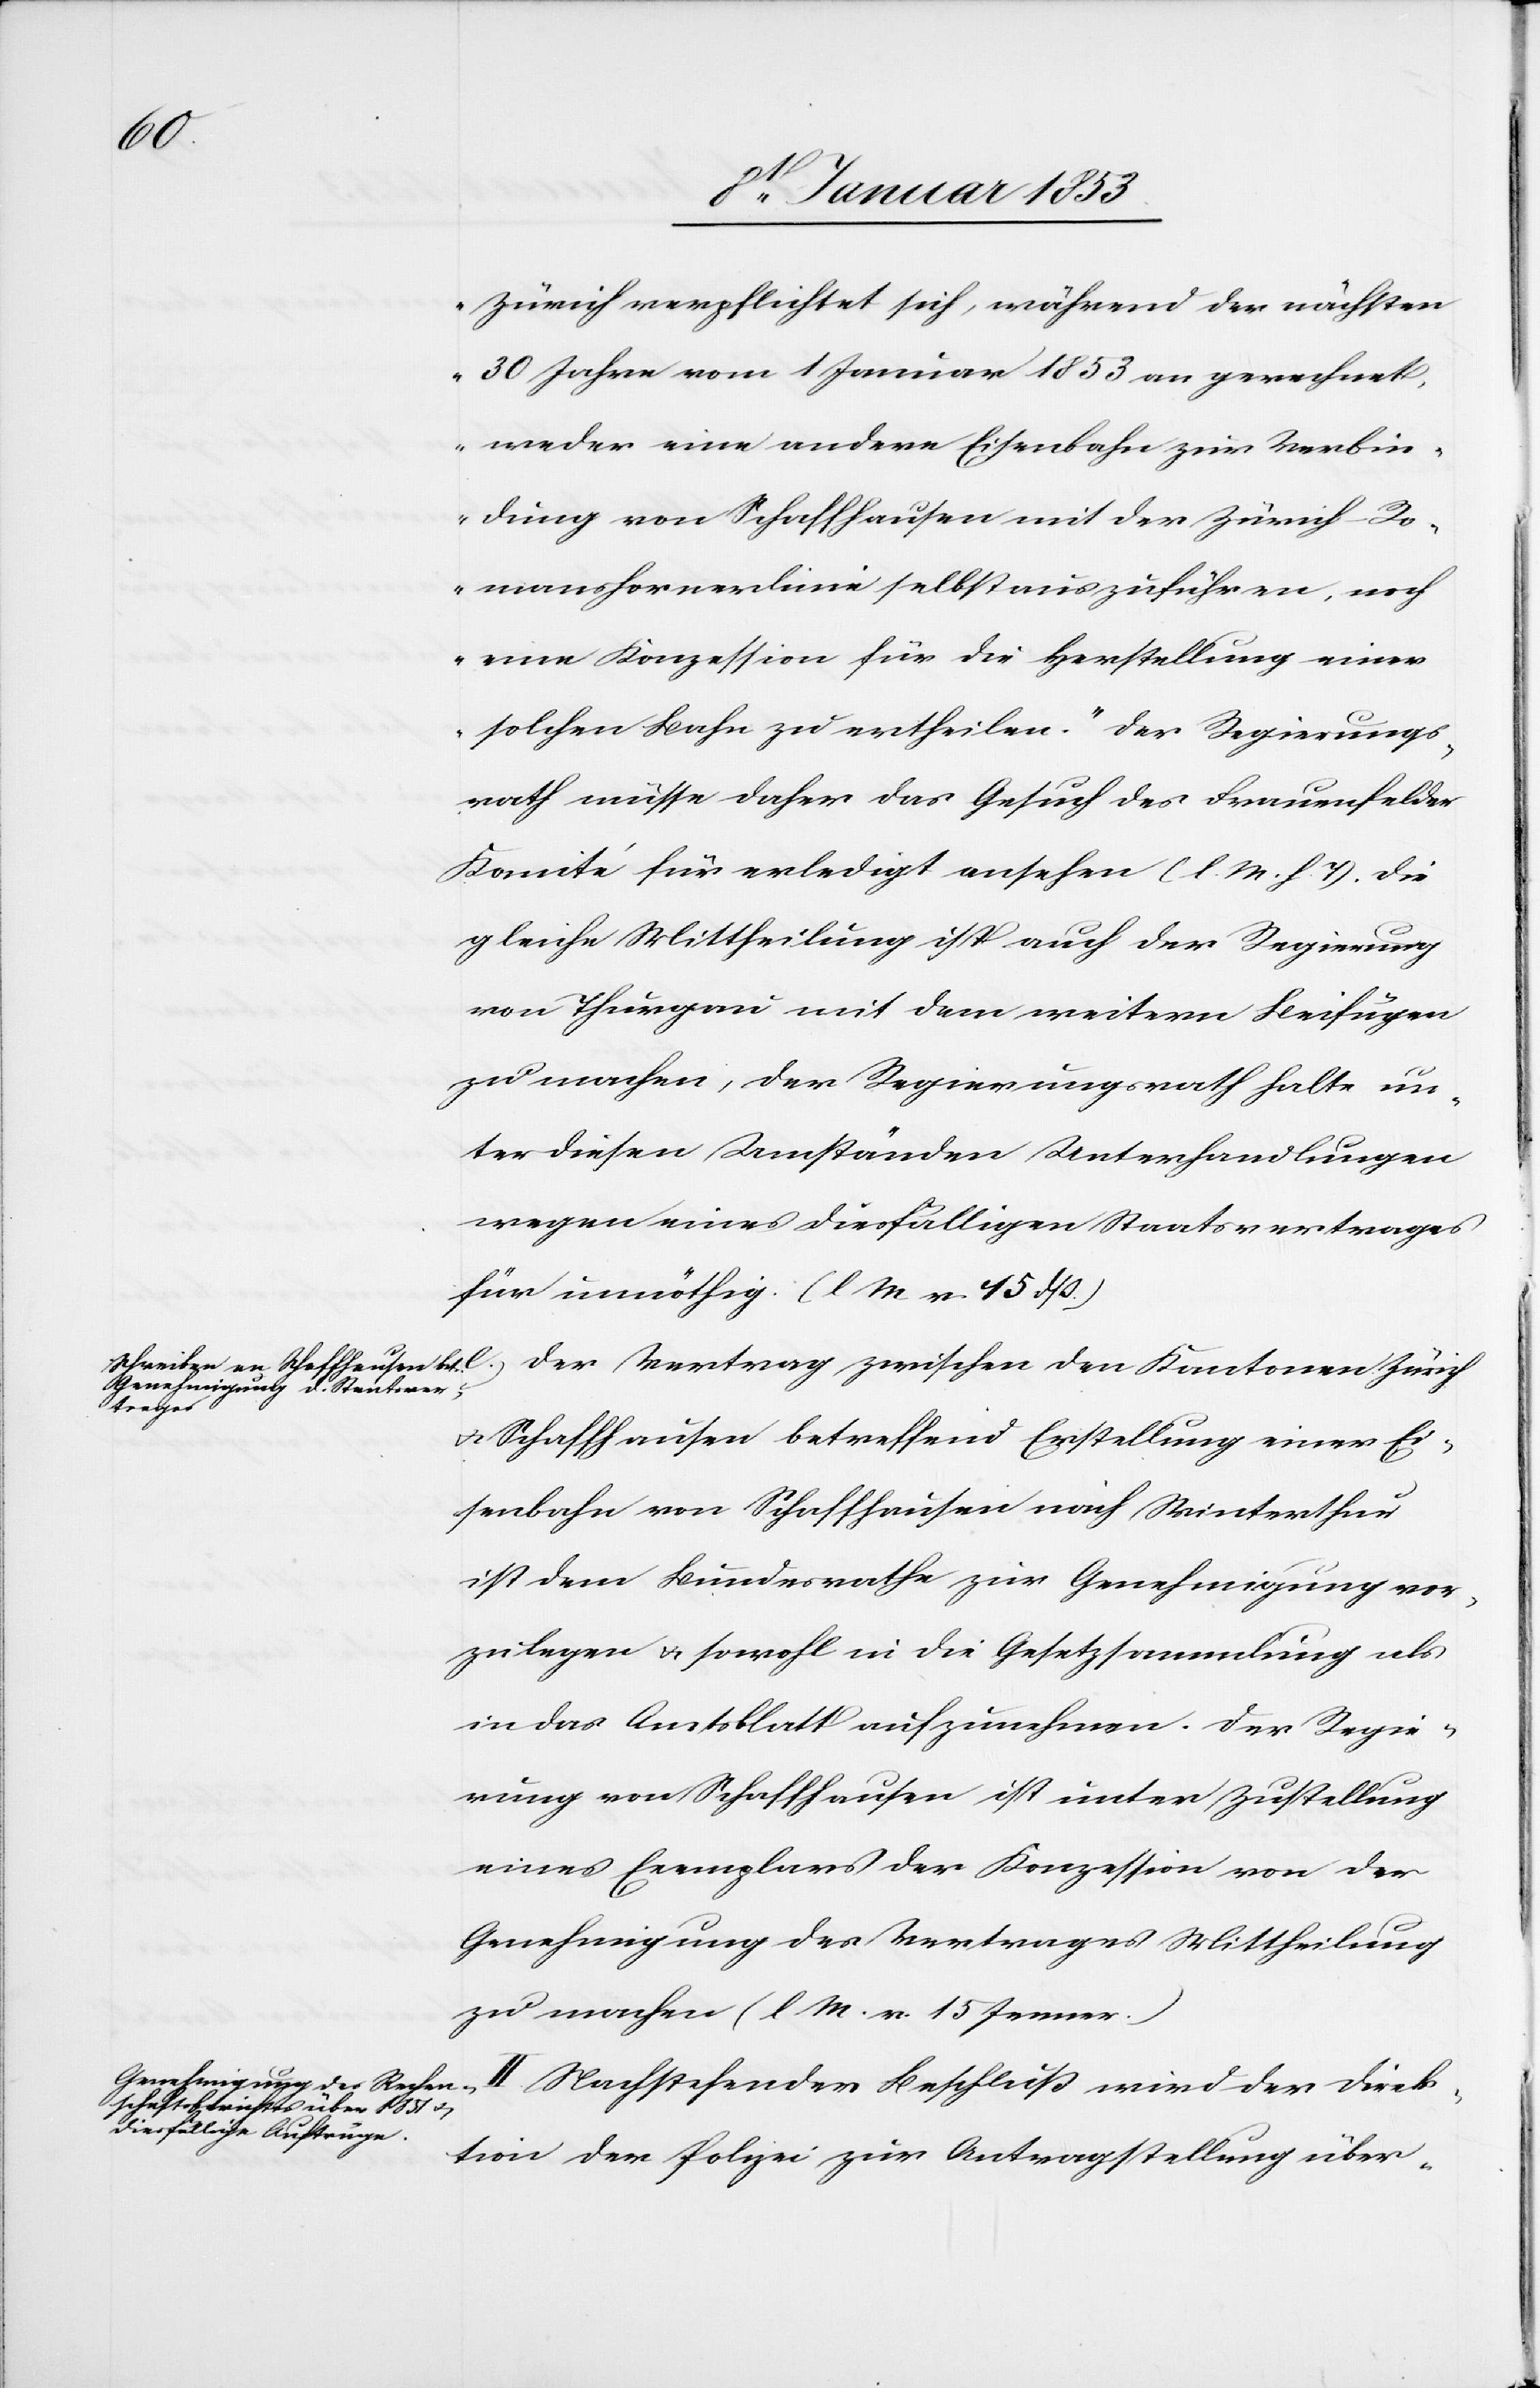
Zürich verpflichtet sich, während der nächsten
30 Jahre vom 1 Januar 1853 an gerechnet,
weder eine andere Eisenbahn zur Verbin¬
dung von Schaffhausen mit der Zürich-Ro¬
manshornlinie selbst auszuführen, noch
eine Konzession für die Herstellung einer
e.)
solchen Bahn zu vertheilen.“ Der Regierungs¬
rath müsse daher das Gesuch des Frauenfelder
Komité für erledigt ansehen [l. M. h. T] die
gleiche Mittheilung ist auch der Regierung
von Thurgau mit dem weiteren Beifügen
zu machen, der Regierungsrath halte un¬
ter diesen Umständen Unterhandlungen
wegen eines dießfälligen Staatsvertrages
für unnöthig. [l. M. v. 15.
den
Kantonen
u. Schaffhausen betreffend Erstellung einer Ei¬
senbahn von Schaffhausen nach Winterthur
ist dem Bundesrathe zur Genehmigung vor¬
zulegen u. sowohl in die Gesetzessammlung als
in das Amtsblatt aufzunehmen. Der Regie¬
rung von Schaffhausen ist unter Zustellung
eines Exemplares der Konzession von der
Genehmigung des Vertrages Mittheilung
zu machen [l. M. v. 15 Jenner]
II. Nachstehender Beschluß wird der Direk¬
tion der Polizei zur Antragstellung über-